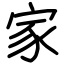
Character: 家